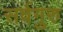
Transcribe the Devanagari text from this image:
सर्वगुरु